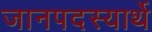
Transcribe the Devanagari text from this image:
जानपदस्यार्थे